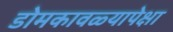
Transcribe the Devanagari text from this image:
डोमकावळ्यापेक्षा